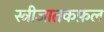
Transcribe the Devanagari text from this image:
स्त्रीजातकफ़ल